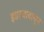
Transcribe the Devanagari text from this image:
झाल्यावाचून